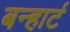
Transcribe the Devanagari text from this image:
बन्हार्ट